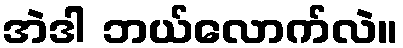
အဲဒါ ဘယ်လောက်လဲ။